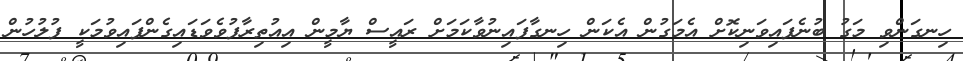
ހިނގަންވި މަގު ބުނެފައިވަނިކޮށް އެމަގުން އެކަން ހިނގާފައިނުވާކަމަށް ރައީސް ޔާމީން އިއުތިރާފުވެވަޑައިގެންފައިވުމަކީ ފުލުހުން